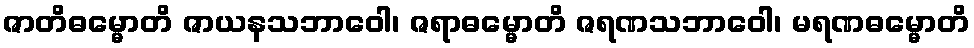
ဇာတိဓမ္မောတိ ဇာယနသဘာဝေါ၊ ဇရာဓမ္မောတိ ဇရဏသဘာဝေါ၊ မရဏဓမ္မောတိ